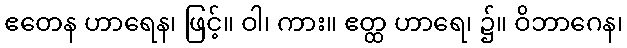
ဧတေန ဟာရေန၊ ဖြင့်။ ဝါ၊ ကား။ ဧတ္ထ ဟာရေ၊ ၌။ ဝိဘာဂေန၊